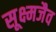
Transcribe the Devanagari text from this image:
सूक्ष्मजैव